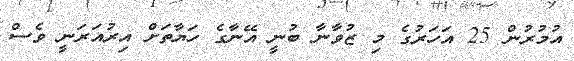
އުމުރުން 25 އަހަރުގެ މި ޒުވާނާ ބުނީ އޭނާގެ ހަޔާތަށް އިރުއަރަނީ ވެސް